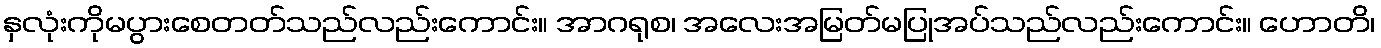
နှလုံးကိုမပွားစေတတ်သည်လည်းကောင်း။ အာဂရုစ၊ အလေးအမြတ်မပြုအပ်သည်လည်းကောင်း။ ဟောတိ၊